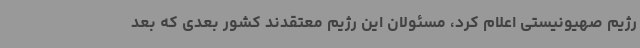
رژیم صهیونیستی اعلام کرد، مسئولان این رژیم معتقدند کشور بعدی که بعد